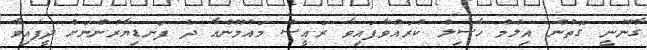
ގާނޫނީ ގޮތުން އިލްމް ހާސިލު ކުރައްވާފައިވާ ރައީސް މައުމޫންއާ ދެ ފަނޑިޔާރުންނަށް ދީފައިވާ